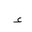
Letter: _hamza